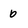
Character: b